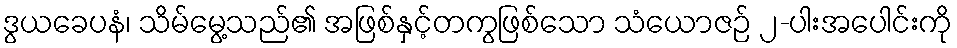
ဒွယခေပနံ၊ သိမ်မွေ့သည်၏ အဖြစ်နှင့်တကွဖြစ်သော သံယောဇဉ် ၂-ပါးအပေါင်းကို